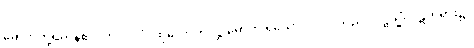
မောဟတို့ရှိကုန်၏။ တံပုဂ္ဂလံ၊ ထိုလောဘဒိဋ္ဌိ မောဟ ရှိသော ပုဂ္ဂိုလ်သည်။ ဝဋ္ဋသ္မိံ၊ ဝဋ်တရား၌။